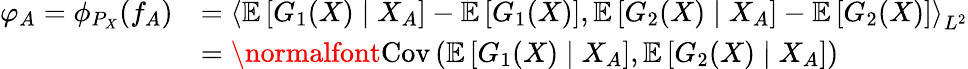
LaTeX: \begin{array}{rl}{\varphi_{A}=\phi_{P_{X}}(f_{A})}&{=\left\langle\mathbb{E}\left[G_{1}(X)\mid X_{A}\right]-\mathbb{E}\left[G_{1}(X)\right],\mathbb{E}\left[G_{2}(X)\mid X_{A}\right]-\mathbb{E}\left[G_{2}(X)\right]\right\rangle_{L^{2}}}\\ &{={\normalfont\textrm{Cov}}\left(\mathbb{E}\left[G_{1}(X)\mid X_{A}\right],\mathbb{E}\left[G_{2}(X)\mid X_{A}\right]\right)}\end{array}